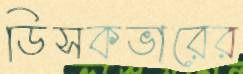
ডিসকভারের